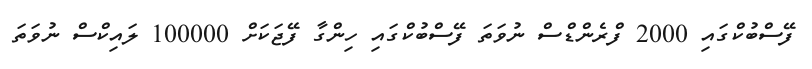
ފޭސްބުކްގައި 2000 ފްރެންޑްސް ނުވަތަ ފޭސްބުކްގައި ހިންގާ ފޭޖަކަށް 100000 ލައިކްސް ނުވަތަ